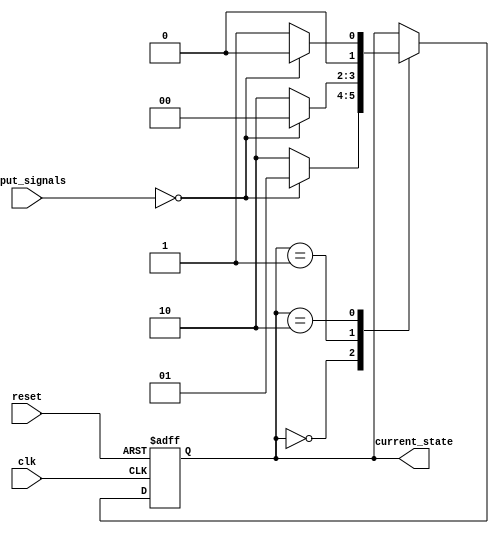
module state_machine (
    input clk,
    input reset,
    input [1:0] input_signals,
    output reg [1:0] current_state
);

// Define states with reduced state encoding
parameter STATE_A = 2'b00;
parameter STATE_B = 2'b01;
parameter STATE_C = 2'b10;

// Define state transitions and actions
always @(posedge clk or posedge reset) begin
    if (reset) begin
        current_state <= STATE_A;
    end else begin
        case(current_state)
            STATE_A: begin
                if (input_signals == 2'b00) begin
                    current_state <= STATE_B;
                end else begin
                    current_state <= STATE_C;
                end
            end
            STATE_B: begin
                if (input_signals == 2'b00) begin
                    current_state <= STATE_A;
                end else begin
                    current_state <= STATE_C;
                end
            end
            STATE_C: begin
                if (input_signals == 2'b00) begin
                    current_state <= STATE_A;
                end else begin
                    current_state <= STATE_B;
                end
            end
        endcase
    end
end

endmodule